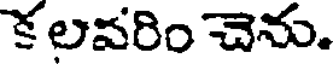
క లవరిం చెను.